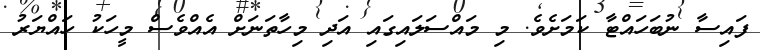
ފައިސާ ނުބަހައްޓާ ކަމަށެވެ. މި މައްސަލައިގައި އަދި މިހާތަނަށް އެއްވެސް މީހަކު ހައްޔަރު